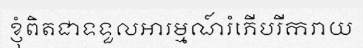
ខ្ញុំពិតជាទទួលអារម្មណ៍រំភើបរីករាយ